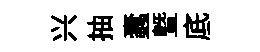
兴抽蠧曁底